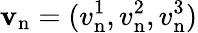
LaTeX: {\mathbf v}_{\mathrm{n}}=(v_{\mathrm{n}}^{1},v_{\mathrm{n}}^{2},v_{\mathrm{n}}^{3})